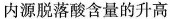
内源脱落酸含量的升高